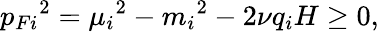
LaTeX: {p_{Fi}}^{2}={\mu_{i}}^{2}-{m_{i}}^{2}-2\nu q_{i}H\ge 0,